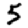
Digit: 5